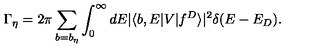
\Gamma _ { \eta } = 2 \pi \sum _ { b = b _ { \eta } } \int _ { 0 } ^ { \infty } d E | \langle b , E | V | f ^ { D } \rangle | ^ { 2 } \delta ( E - E _ { D } ) .